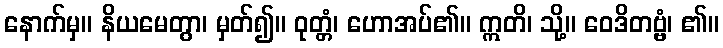
နောက်မှ။ နိယမေတွာ၊ မှတ်၍။ ဝုတ္တံ၊ ဟောအပ်၏။ ဣတိ၊ သို့။ ဝေဒိတဗ္ဗံ၊ ၏။